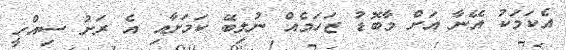
އެކަމަކު އޭނާ އަށް މާބޮޑު ޒަހަމެއް ނުލިބޭ ކަމަށާއި އެ ރަށު ސިއްހީ